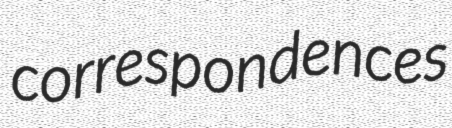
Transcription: correspondences